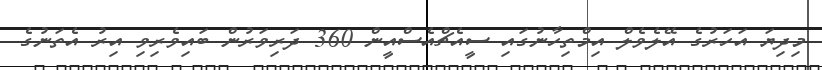
މިދިޔަ އަހަރުގެ އޭލެވެލް އިމްތިހާނުގައި ސީއެޗްއެސްއީން 360 ދަރިވަރުން ބައިވެރިވި އިރު އެތަނުގެ